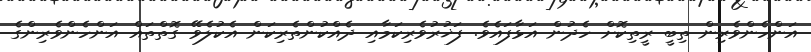
އަންހެންވެރިން ތިބީ ރީތިކޮށް ހެދުން އަޅާފައެވެ. ފަޚުރުވެރިކަމާއި ދެއްކުންތެރިކަން އެކުލެވޭ ގޮތްތައް އަންހެންވެރިންގެ